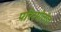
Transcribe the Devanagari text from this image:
परिस्थीतीत